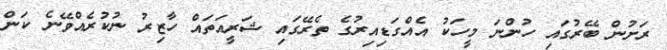
ރަށުން ބޭރުގައި ހުންނަ މީހަކު އެއްގަޑިއިރުގެ ތެރޭގައި ޝަރީއަތައް ހާޒިރު ނުކުރެއްވޭނެ ކަން